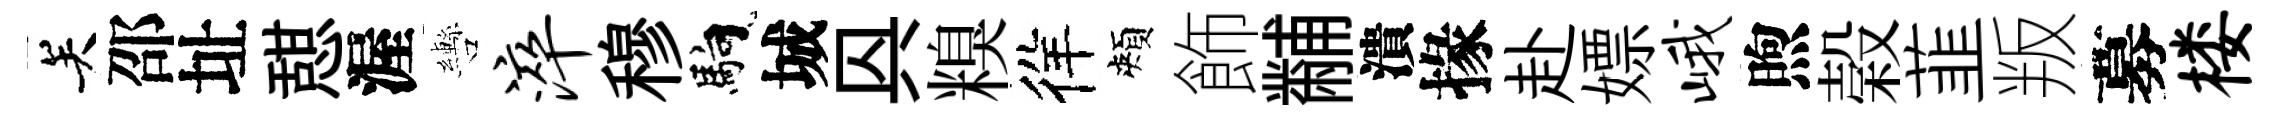
关邵址憇渥轡淬穆馿城㒷糗徉頰飾黼潰掾赴嫖峨煦榖韮叛募楼